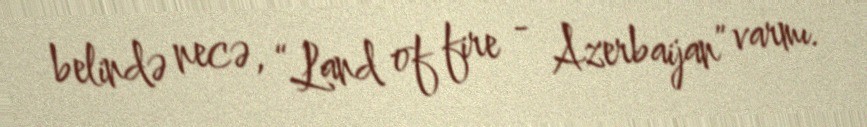
belində necə, “Land of fire - Azerbaijan” varmı.